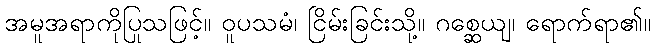
အမူအရာကိုပြုသဖြင့်။ ဝူပသမံ၊ ငြိမ်းခြင်းသို့။ ဂစ္ဆေယျ၊ ရောက်ရာ၏။